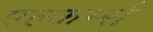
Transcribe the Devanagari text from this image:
एल्कर्म्स